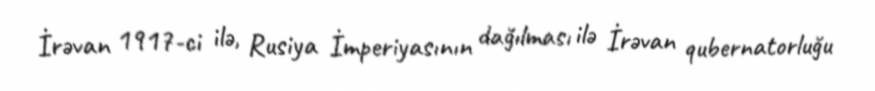
İrəvan 1917-ci ilə, Rusiya İmperiyasının dağılması ilə İrəvan qubernatorluğu